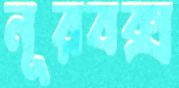
নূরবক্স